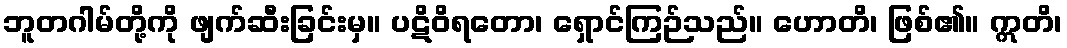
ဘူတဂါမ်တို့ကို ဖျက်ဆီးခြင်းမှ။ ပဋိဝိရတော၊ ရှောင်ကြဉ်သည်။ ဟောတိ၊ ဖြစ်၏။ ဣတိ၊